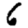
Digit: 6